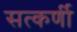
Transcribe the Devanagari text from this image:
सत्कर्णी